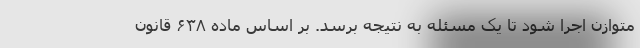
متوازن اجرا شود تا یک مسئله به نتیجه برسد. بر اساس ماده ۶۳۸ قانون